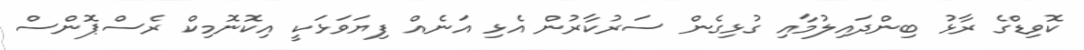
ކޮވިޑްގެ ރާޅު ބިންދައިލުމާއި ގުޅިގެން ސަރުކާރުން އެޅި އަނެއް ފިޔަވަޅަކީ އިކޮނޮމިކް ރެސްޕޮންސް